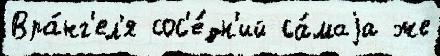
Вра́нг'ел'я сос'е́дн'ий са́маjа же